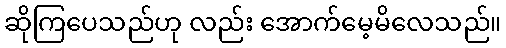
ဆိုကြပေသည်ဟု လည်း အောက်မေ့မိလေသည်။